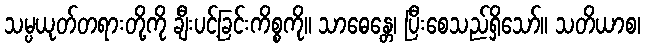
သမ္ပယုတ်တရားတို့ကို ချီးပင့်ခြင်းကိစ္စကို။ သာဓေန္တေ၊ ပြီးစေသည်ရှိသော်။ သတိယာစ၊